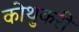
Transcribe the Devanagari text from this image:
कोथुकरी